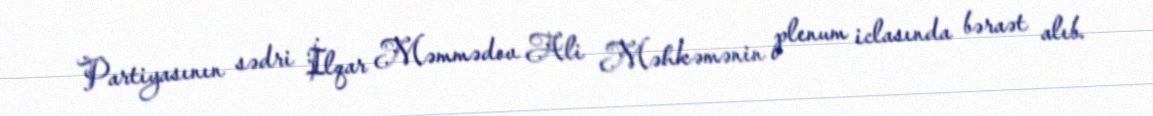
Partiyasının sədri İlqar Məmmədov Ali Məhkəmənin plenum iclasında bəraət alıb.